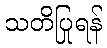
သတိပြုရန်